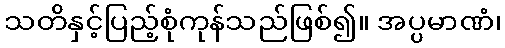
သတိနှင့်ပြည့်စုံကုန်သည်ဖြစ်၍။ အပ္ပမာဏံ၊